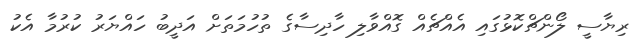
ރިޔާސީ ލޯންޗްކޮޅުގައި އެއްޗެއް ގޮއްވާލި ހާދިސާގެ ތުހުމަތަށް އަދީބު ހައްޔަރު ކުރުމާ އެކު